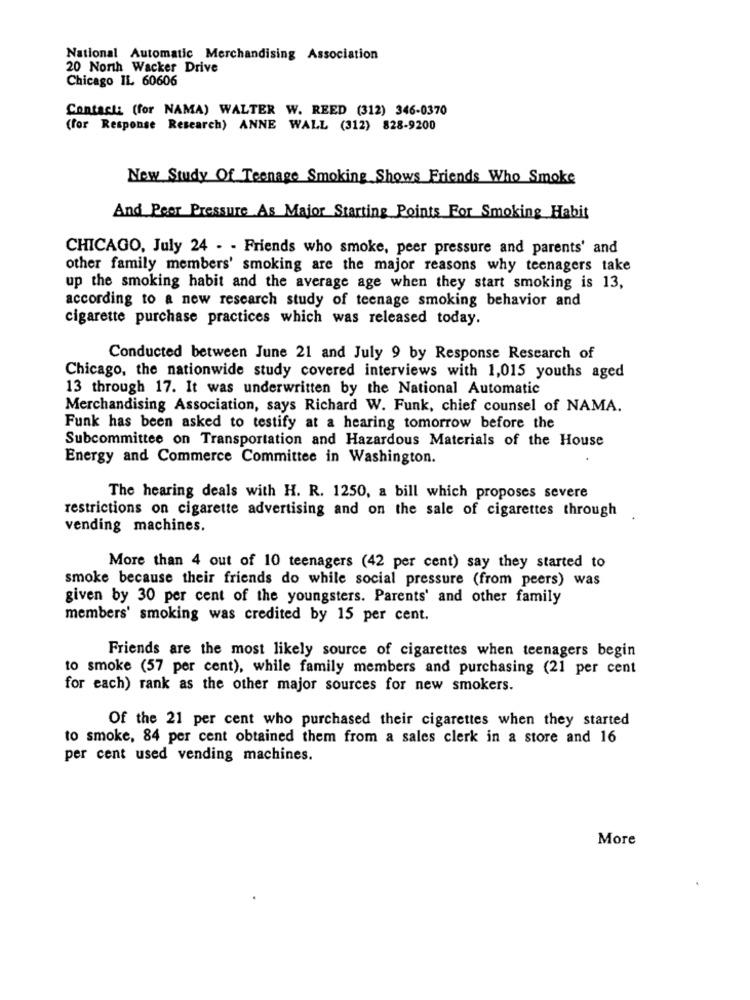
National Automatic Merchandising Association
20 North Wacker Drive
Chicago IL 60606
Contacti (for NAMA) WALTER W. REED (312) 346-0370
(for Response Research) ANNE WALL (312) 828-9200
New Study Of Teenage Smoking Shows Friends Who Smoke
And Peer Pressure As Major Starting Points For Smoking Habit
CHICAGO, July 24 - - Friends who smoke, peer pressure and parents' and
other family members' smoking are the major reasons why teenagers take
up the smoking habit and the average age when they start smoking is 13,
according to a new research study of teenage smoking behavior and
cigarette purchase practices which was released today.
Conducted between June 21 and July 9 by Response Research of
Chicago, the nationwide study covered interviews with 1,015 youths aged
13 through 17. It was underwritten by the National Automatic
Merchandising Association, says Richard W. Funk, chief counsel of NAMA.
Funk has been asked to testify at a hearing tomorrow before the
Subcommittee on Transportation and Hazardous Materials of the House
Energy and Commerce Committee in Washington.
The hearing deals with H. R. 1250, a bill which proposes severe
restrictions on cigarette advertising and on the sale of cigarettes through
vending machines.
More than 4 out of 10 teenagers (42 per cent) say they started to
smoke because their friends do while social pressure (from peers) was
given by 30 per cent of the youngsters. Parents' and other family
members' smoking was credited by 15 per cent.
Friends are the most likely source of cigarettes when teenagers begin
to smoke (57 per cent), while family members and purchasing (21 per cent
for each) rank as the other major sources for new smokers.
Of the 21 per cent who purchased their cigarettes when they started
to smoke, 84 per cent obtained them from a sales clerk in a store and 16
per cent used vending machines.
More